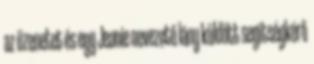
az üzenetet és egy Jeanie nevezetű lány küldött segítségkérő